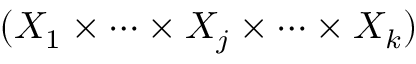
( X _ { 1 } \times \cdots \times X _ { j } \times \cdots \times X _ { k } )